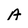
Character: A